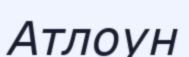
Атлоун